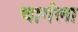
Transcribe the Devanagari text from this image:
चागंला